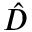
\hat { D }